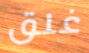
غلق